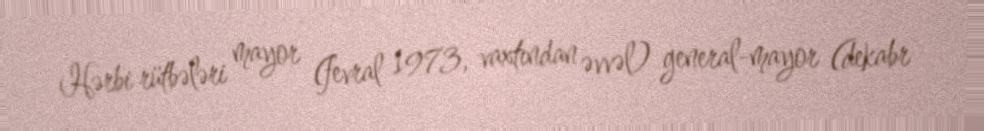
Hərbi rütbələri mayor (fevral 1973, vaxtından əvvəl) general-mayor (dekabr